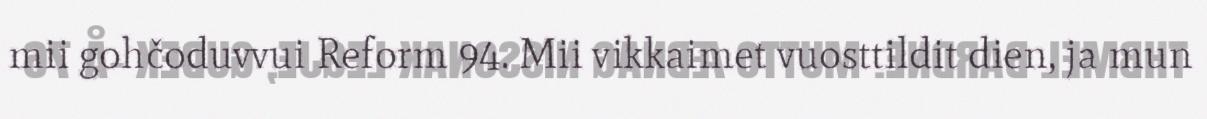
mii gohčoduvvui Reform 94. Mii vikkaimet vuosttildit dien, ja mun